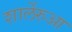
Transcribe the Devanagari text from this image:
शार्लेरुआ